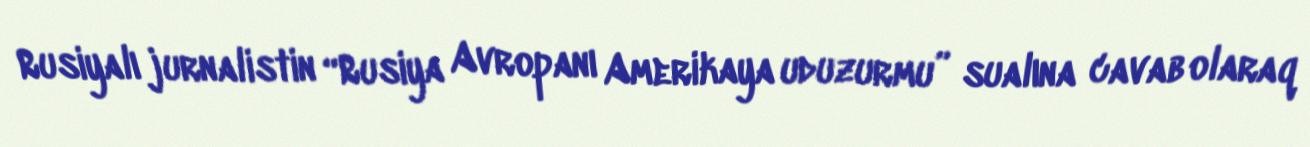
Rusiyalı jurnalistin “Rusiya Avropanı Amerikaya uduzurmu” sualına cavab olaraq